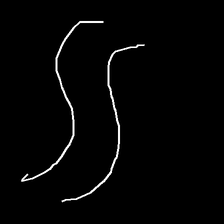
Glyph: float